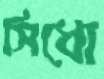
সিধো